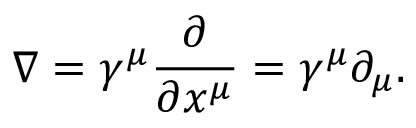
\nabla = \gamma ^ { \mu } { \frac { \partial } { \partial x ^ { \mu } } } = \gamma ^ { \mu } \partial _ { \mu } .